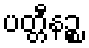
ပတ္တီနဉ္စ